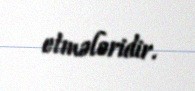
etmələridir.